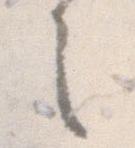
之